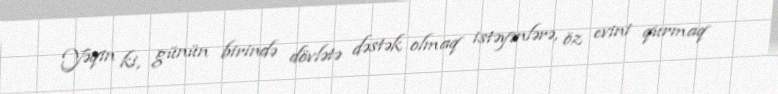
Yəqin ki, günün birində dövlətə dəstək olmaq istəyənlərə, öz evini qurmaq